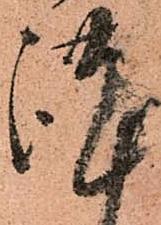
謹